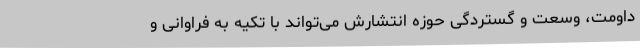
داومت، وسعت و گستردگی حوزه انتشارش می‌تواند با تکیه به فراوانی و